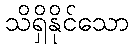
သိရှိနိုင်သော